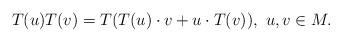
LaTeX: \begin{align*}T(u) T(v) = T ( T(u) \cdot v + u \cdot T(v)),~ u, v \in M.\end{align*}